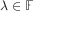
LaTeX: \lambda \in \mathbb { F }